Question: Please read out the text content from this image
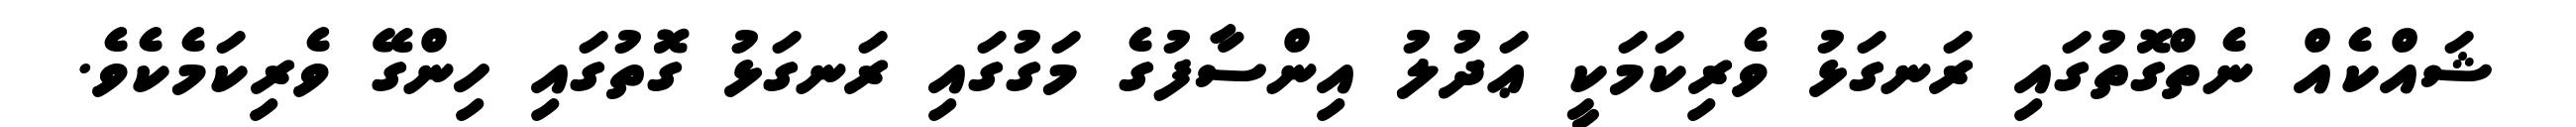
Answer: ޝައްކެއް ނެތްގޮތުގައި ރަނގަޅު ވެރިކަމަކީ ޢަދުލު އިންސާފުގެ މަގުގައި ރަނގަޅު ގޮތުގައި ހިންގޭ ވެރިކަމެކެވެ.